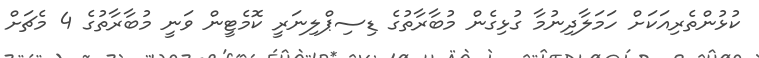
ކުޅުންތެރިއަކަށް ހަމަލާދިނުމާ ގުޅިގެން މުބާރާތުގެ ޑިސިޕްލިނަރީ ކޮމެޓީން ވަނީ މުބާރާތުގެ 4 މެޗަށް